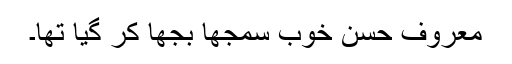
معروف حسن خوب سمجھا بجھا کر گیا تھا۔